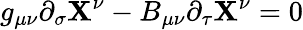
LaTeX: g_{\mu\nu}\partial_{\sigma}\mathbf{X}^{\nu}-B_{\mu\nu}\partial_{\tau}\mathbf{X}^{\nu}=0